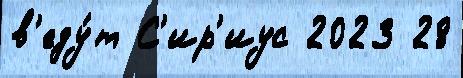
в'еду́т С'ир'иус 2023 28